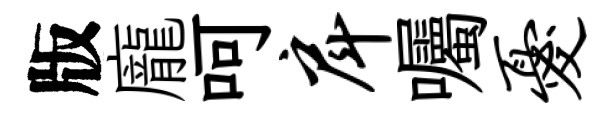
版龐呵戽囑忧